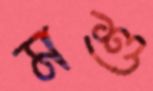
মশু